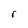
Character: r